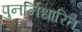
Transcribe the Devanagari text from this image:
पुनर्निधारित